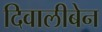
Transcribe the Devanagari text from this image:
दिवालीबेन